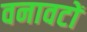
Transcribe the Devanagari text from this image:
वनावटों